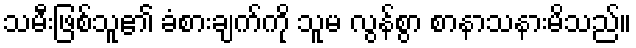
သမီးဖြစ်သူ၏ ခံစားချက်ကို သူမ လွန်စွာ စာနာသနားမိသည်။